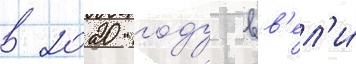
в 2020 году вв'ел'и́